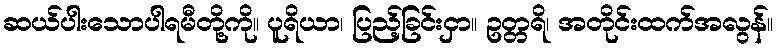
ဆယ်ပါးသောပါရမီတို့ကို။ ပူရိယာ၊ ပြည့်ခြင်းငှာ။ ဥတ္တရိ၊ အတိုင်းထက်အလွန်။